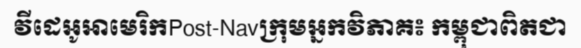
វីដេអូអាមេរិកPost-Navក្រុមអ្នកវិភាគ៖ កម្ពុជាពិតជា